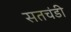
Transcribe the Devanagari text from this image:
सतचंडी